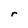
Character: r